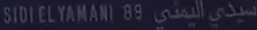
SIDI EL YAMANI-89